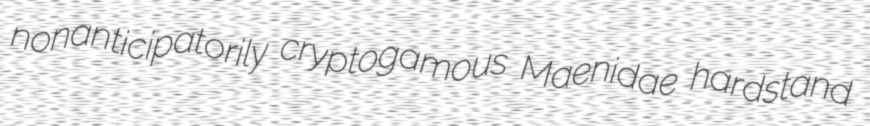
nonanticipatorily cryptogamous Maenidae hardstand